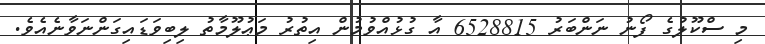
މި ސްކޫލުގެ ފޯނު ނަންބަރު 6528815 އާ ގުޅުއްވުމުން އިތުރު މަޢުލޫމާތު ލިބިވަޑައިގަންނަވާނެއެވެ.